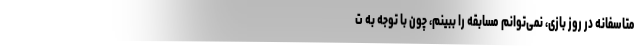
متاسفانه در روز بازی، نمی‌توانم مسابقه را ببینم، چون با توجه به ت